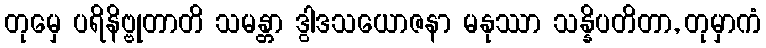
တုမှေ ပရိနိဗ္ဗုတာတိ သမန္တာ ဒွါဒသယောဇနာ မနုဿာ သန္နိပတိတာ, တုမှာကံ